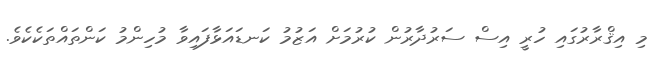
މި އިޤްރާރުގައި ހުރީ އިސް ސަރުދާރުން ކުރުމަށް އަޒުމު ކަނޑައަޅާފައިވާ މުހިންމު ކަންތައްތަކެކެވެ.